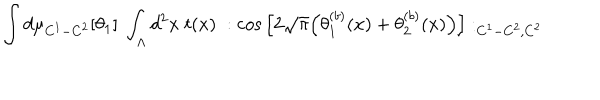
\int d \mu _ { C ^ { 1 } - C ^ { 2 } } [ \theta _ { 1 } ] \; \int _ { \Lambda } d ^ { 2 } x \; t ( x ) \; : \cos \Big [ 2 \sqrt { \pi } \Big ( \theta _ { 1 } ^ { ( b ) } ( x ) + \theta _ { 2 } ^ { ( b ) } ( x ) \Big ) \Big ] : _ { C ^ { 1 } - C ^ { 2 } , C ^ { 2 } }